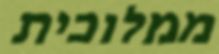
ממלוכית